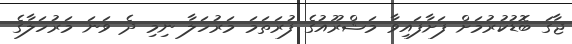
ޖާގަ ބޮޑުކުރުމަށް ފަށާފައިވާ މަޝްރޫއުގެ ފުރަތަމަ މަރުހަލާ ނިމި ދެ ވަނަ މަރުހަލާގެ